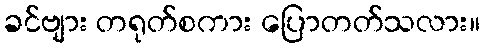
ခင်ဗျား တရုတ်စကား ပြောတတ်သလား။